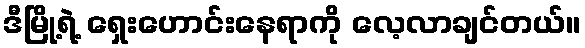
ဒီမြို့ရဲ့ ရှေးဟောင်းနေရာကို လေ့လာချင်တယ်။